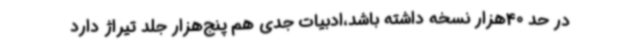
در حد 40هزار نسخه داشته باشد،ادبیات جدی هم پنج‌هزار جلد تیراژ دارد